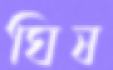
ঘিষ